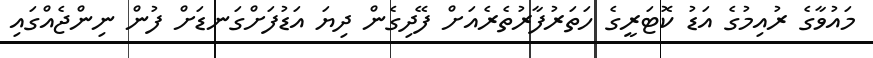
މައުވާގެ ރުއިމުގެ އަޑު ކޮޓަރީގެ ހަތަރުފާރުތެރެއަށް ފޭދިގެން ދިޔަ އަޑުފަށްގަނޑަށް ފުން ނިންޖެއްގައި